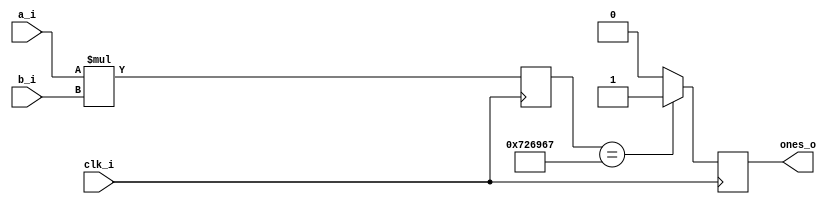
module test_dsp(
    input clk_i,
    input signed [26:0] a_i,
    input signed [17:0] b_i,
    output reg ones_o
);

reg signed [44:0] ab;

// Define the "pin" pattern
parameter [44:0] pd_pattern = 44'b011100100110100101100111;

always @(posedge clk_i) begin
    ab <= a_i * b_i; // Perform the multiplication

    // Pattern detect logic
    if (ab == pd_pattern) begin
        ones_o <= 1'b1; // Set ones_o if pattern detected
    end else begin
        ones_o <= 1'b0; // Reset ones_o if pattern not detected
    end
end

endmodule